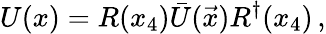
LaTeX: U(x)=R(x_{4})\bar{U}({\vec{x}})R^{\dagger}(x_{4})\, ,